Lunatic asylums Madras 1892-1911 - 1892-1911
Year: 1892
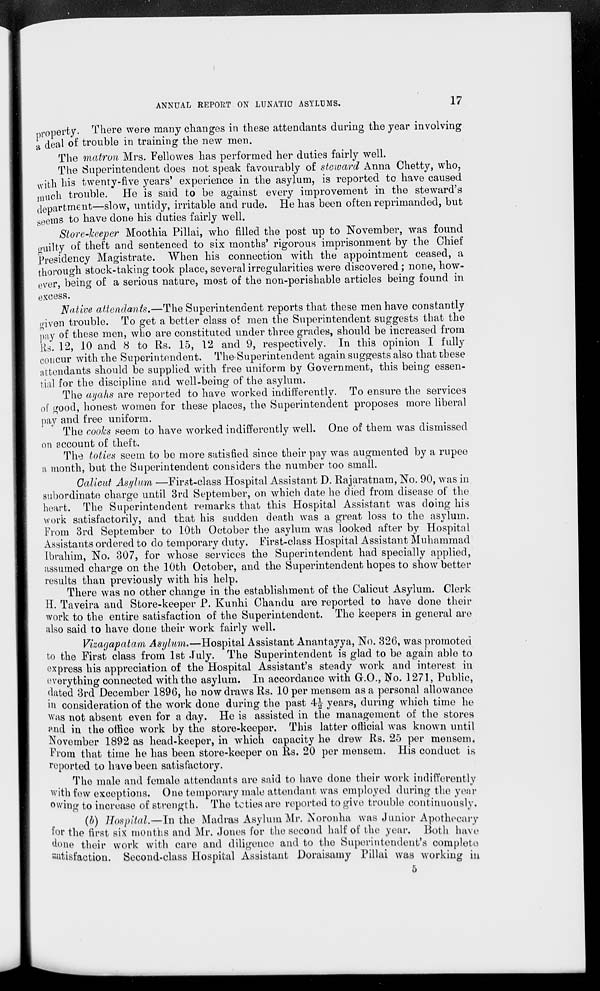
ANNUAL REPORT ON LUNATIC ASYLUMS.
17
property. There were many changes in these attendants during the year involving
a deal of trouble in training the new men.
The matron Mrs. Fellowes has performed her duties fairly well.
The Superintendent does not speak favourably of steward Anna Chetty, who,
with his twenty-five years' experience in the asylum, is reported to have caused
much trouble. He is said to be against every improvement in the steward's
department—slow, untidy, irritable and rude. He has been often reprimanded, but
seems to have done his duties fairly well.
Store-keeper Moothia Pillai, who filled the post up to November, was found
guilty of theft and sentenced to six months' rigorous imprisonment by the Chief
Presidency Magistrate. When his connection with the appointment ceased, a
thorough stock-taking took place, several irregularities were discovered; none, how-
ever, being of a serious nature, most of the non-perishable articles being found in
excess.
Native attendants.—The Superintendent reports that these men have constantly
given trouble. To get a better class of men the Superintendent suggests that the
pay of these men, who are constituted under three grades, should be increased from
]{s. 12, 10 and 8 to Rs. 15, 12 and 9, respectively. In this opinion I fully
concur with the Superintendent. The-Superintendent again suggests also that these
attendants should be supplied with free uniform by Government, this being essen-
tial for the discipline and well-being of the asylum.
The ayahs are reported to have worked indifferently. To ensure the services
of good, honest women for these places, the Superintendent proposes more liberal
pay and free uniform.
The eoohs seem to have worked indifferently well. One of them was dismissed
on account of theft.
The toties seem to be more satisfied since their pay was augmented by a rupee
a month, but the Superintendent considers the number too small.
Calicut Asylum —First-class Hospital Assistant D. Rajaratnam, No. 90, was in
subordinate charge until 3rd September, on which date he died from disease of the
heart. The Superintendent remarks that this Hospital Assistant was doing his
work satisfactorily, and that his sudden death was a great loss to the asylum.
From 3rd September to 10th October the asylum was looked after by Hospital
Assistants ordered to do temporary duty. First-class Hospital Assistant Muhammad
Ibrahim, No. 307, for whose services the Superintendent had specially applied,
assumed charge on the 10th October, and the Superintendent hopes to show better
results than previously with his help.
There was no other change in the establishment of the Calicut Asylum. Clerk
H. Taveira and Store-keeper P. Kunhi Ohandu are reported to have done their
work to the entire satisfaction of the Superintendent. The keepers in general are
also said to have done their work fairly well.
Vizagapatam Asylum.—Hospital Assistant Anantayya, No. 326, was promoted
to the First class from 1st July. The Superintendent is glad to be again able to
express his appreciation of the Hospital Assistant's steady work and interest in
everything connected with the asylum. In accordance with CO., No. 1271, Public,
<lated 3rd December 1896, he now draws Rs. 10 per mensem as a personal allowance
in consideration of the work done during the past 4J years, during which time he
was not absent even for a day. He is assisted in the management of the stores
PJid in the office work by the store-keeper. This latter official was known until
November 1892 as head-keeper, in which capacity he drew Rs. 25 per mensem.
From that time he has been store-keeper on Rs. 20 per mensem. His conduct is
reported to have been satisfactory.
The male and female attendants are said to have done their work indifferently
with few exceptions. One temporary male attendant was employed during the year
owing to increase of strength. The tcties are reported to give trouble continuously*
(b) Hospital.—In the Madras Asylum Mr. Noronha was Junior Apothecary
lor the first six months and Mr. Jones for the second half of the year. Both have
done their work with care and diligence and to the Superintendent's complete
Batisfaction. Second-class Hospital Assistant Doraisamy Pillai was working in
5